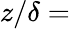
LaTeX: z/\delta=